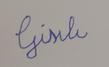
Signature authenticity: forged